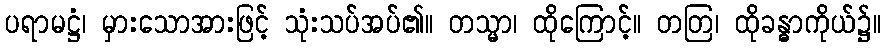
ပရာမဋ္ဌံ၊ မှားသောအားဖြင့် သုံးသပ်အပ်၏။ တသ္မာ၊ ထိုကြောင့်။ တတြ၊ ထိုခန္ဓာကိုယ်၌။